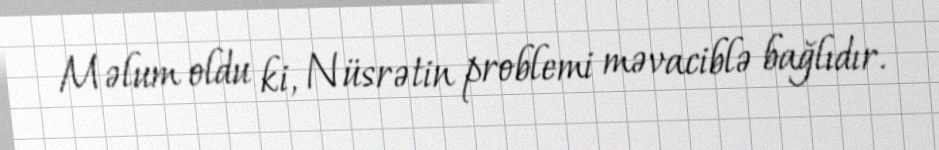
Məlum oldu ki, Nüsrətin problemi məvaciblə bağlıdır.